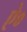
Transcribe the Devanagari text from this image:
ऐ०